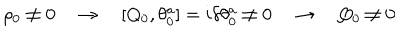
\rho _ { 0 } \not = 0 \quad \rightarrow \quad [ Q _ { 0 } , \theta _ { 0 } ^ { a } ] = i \delta \theta _ { 0 } ^ { a } \not = 0 \quad \rightarrow \quad Q _ { 0 } \not = 0